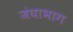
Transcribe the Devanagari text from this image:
जंघाभाग